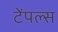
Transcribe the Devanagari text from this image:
टेंपल्स